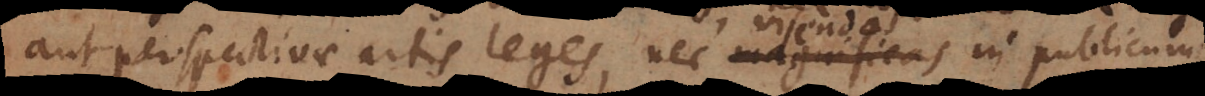
aut perspectivae artis leges, nec magnificas in publicum